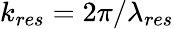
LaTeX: k_{res}=2\pi/\lambda_{res}